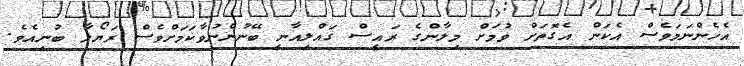
އެހެންނަމަވެސް އެކަން އެގޮތަށް ވުމަށް މިލާންގެ ރައީސް ގައްލިއާނީ ބޭނުންނުވާކަމަށްވެސް ރަޔޯލާ ބުނިއެވެ.